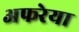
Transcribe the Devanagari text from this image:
अफरेया